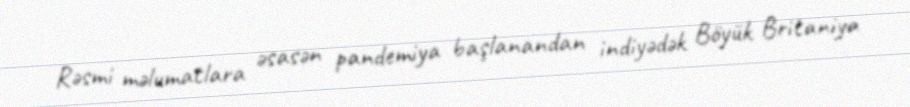
Rəsmi məlumatlara əsasən pandemiya başlanandan indiyədək Böyük Britaniya